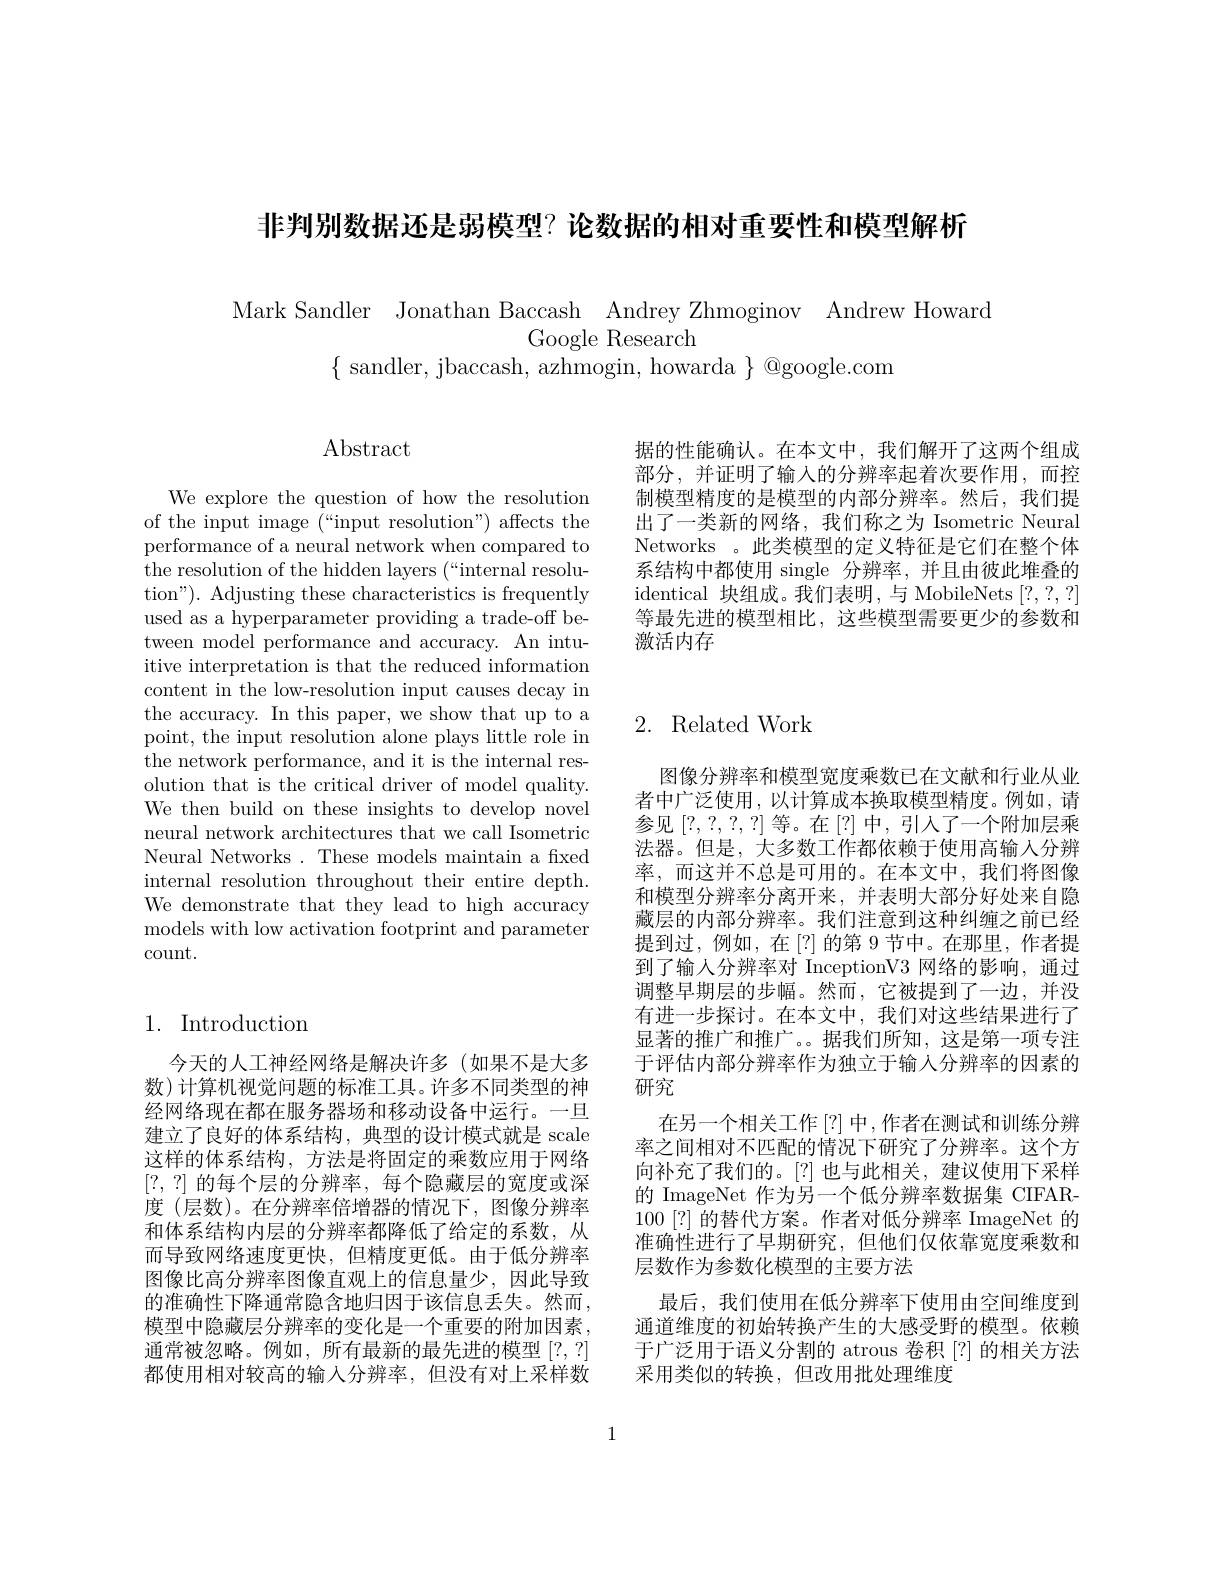
非判别数据还是弱模型？论数据的相对重要性和模型解析

Mark Sandler Jonathan Baccash Andrey Zhmoginov Andrew Howard
Google Research
$\{{\mathrm{~sandler,~jbaccash,~azhmogin,~howarda~\}~@google.com}}$

据的性能确认。在本文中，我们解开了这两个组成部分，并证明了输入的分辨率起着次要作用，而控制模型精度的是模型的内部分辨率。然后，我们提出了一类新的网络，我们称之为 Isometric Neural Networks 。此类模型的定义特征是它们在整个体系结构中都使用 single 分辨率，并且由彼此堆叠的identical 块组成。我们表明，与 MobileNets [?,?,?] 等最先进的模型相比，这些模型需要更少的参数和激活内存

## $\operatorname{Abstract}$

We explore the question of how the resolution of the input image (“input resolution") affects the performance of a neural network when compared to the resolution of the hidden layers (“internal resolution"). Adjusting these characteristics is frequently used as a hyperparameter providing a trade-off between model performance and accuracy. An intuitive interpretation is that the reduced information content in the low-resolution input causes decay in the accuracy. In this paper, we show that up to a point, the input resolution alone plays little role in the network performance, and it is the internal resolution that is the critical driver of model quality. We then build on these insights to develop novel neural network architectures that we call Isometric Neural Networks . These models maintain a fxed internal resolution throughout their entire depth. We demonstrate that they lead to high accuracy models with low activation footprint and parameter count.

## 1. Introduction

今天的人工神经网络是解决许多(如果不是大多数)计算机视觉问题的标准工具。许多不同类型的神经网络现在都在服务器场和移动设备中运行。一旦建立了良好的体系结构，典型的设计模式就是 scale 这样的体系结构，方法是将固定的乘数应用于网络$[?,~?]~$的每个层的分辨率，每个隐藏层的宽度或深度 (层数)。在分辨率倍增器的情况下，图像分辨率和体系结构内层的分辨率都降低了给定的系数，从而导致网络速度更快，但精度更低。由于低分辨率图像比高分辨率图像直观上的信息量少，因此导致的准确性下降通常隐含地归因于该信息丢失。然而， 模型中隐藏层分辨率的变化是一个重要的附加因素， 通常被忽略。例如，所有最新的最先进的模型[?,?] 都使用相对较高的输入分辨率，但没有对上采样数

## 2. Related Work

图像分辨率和模型宽度乘数已在文献和行业从业者中广泛使用，以计算成本换取模型精度。例如，请参见[?,?,?,?]等。在[?]中，引人了一个附加层乘法器。但是，大多数工作都依赖于使用高输入分辨率，而这并不总是可用的。在本文中，我们将图像和模型分辨率分离开来，并表明大部分好处来自隐藏层的内部分辨率。我们注意到这种纠缠之前已经提到过，例如，在[?]的第 9节中。在那里，作者提到了输人分辨率对 InceptionV3 网络的影响，通过调整早期层的步幅。然而，它被提到了一边，并没有进一步探讨。在本文中，我们对这些结果进行了显著的推广和推广。。据我们所知，这是第一项专注于评估内部分辨率作为独立于输人分辨率的因素的研究
在另一个相关工作[?]中，作者在测试和训练分辨率之间相对不匹配的情况下研究了分辨率。这个方向补充了我们的。[?]也与此相关，建议使用下采样的 ImageNet 作为另一个低分辨率数据集 CIFAR- 100[?]的替代方案。作者对低分辨率 ImageNet 的淮确性进行了早期研究，但他们仅依靠宽度乘数和层数作为参数化模型的主要方法
最后，我们使用在低分辨率下使用由空间维度到通道维度的初始转换产生的大感受野的模型。依赖于广泛用于语义分割的 atrous 卷积[?] 的相关方法采用类似的转换，但改用批处理维度

1